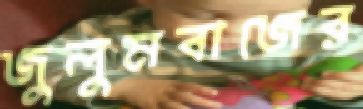
জুলুমবাজের